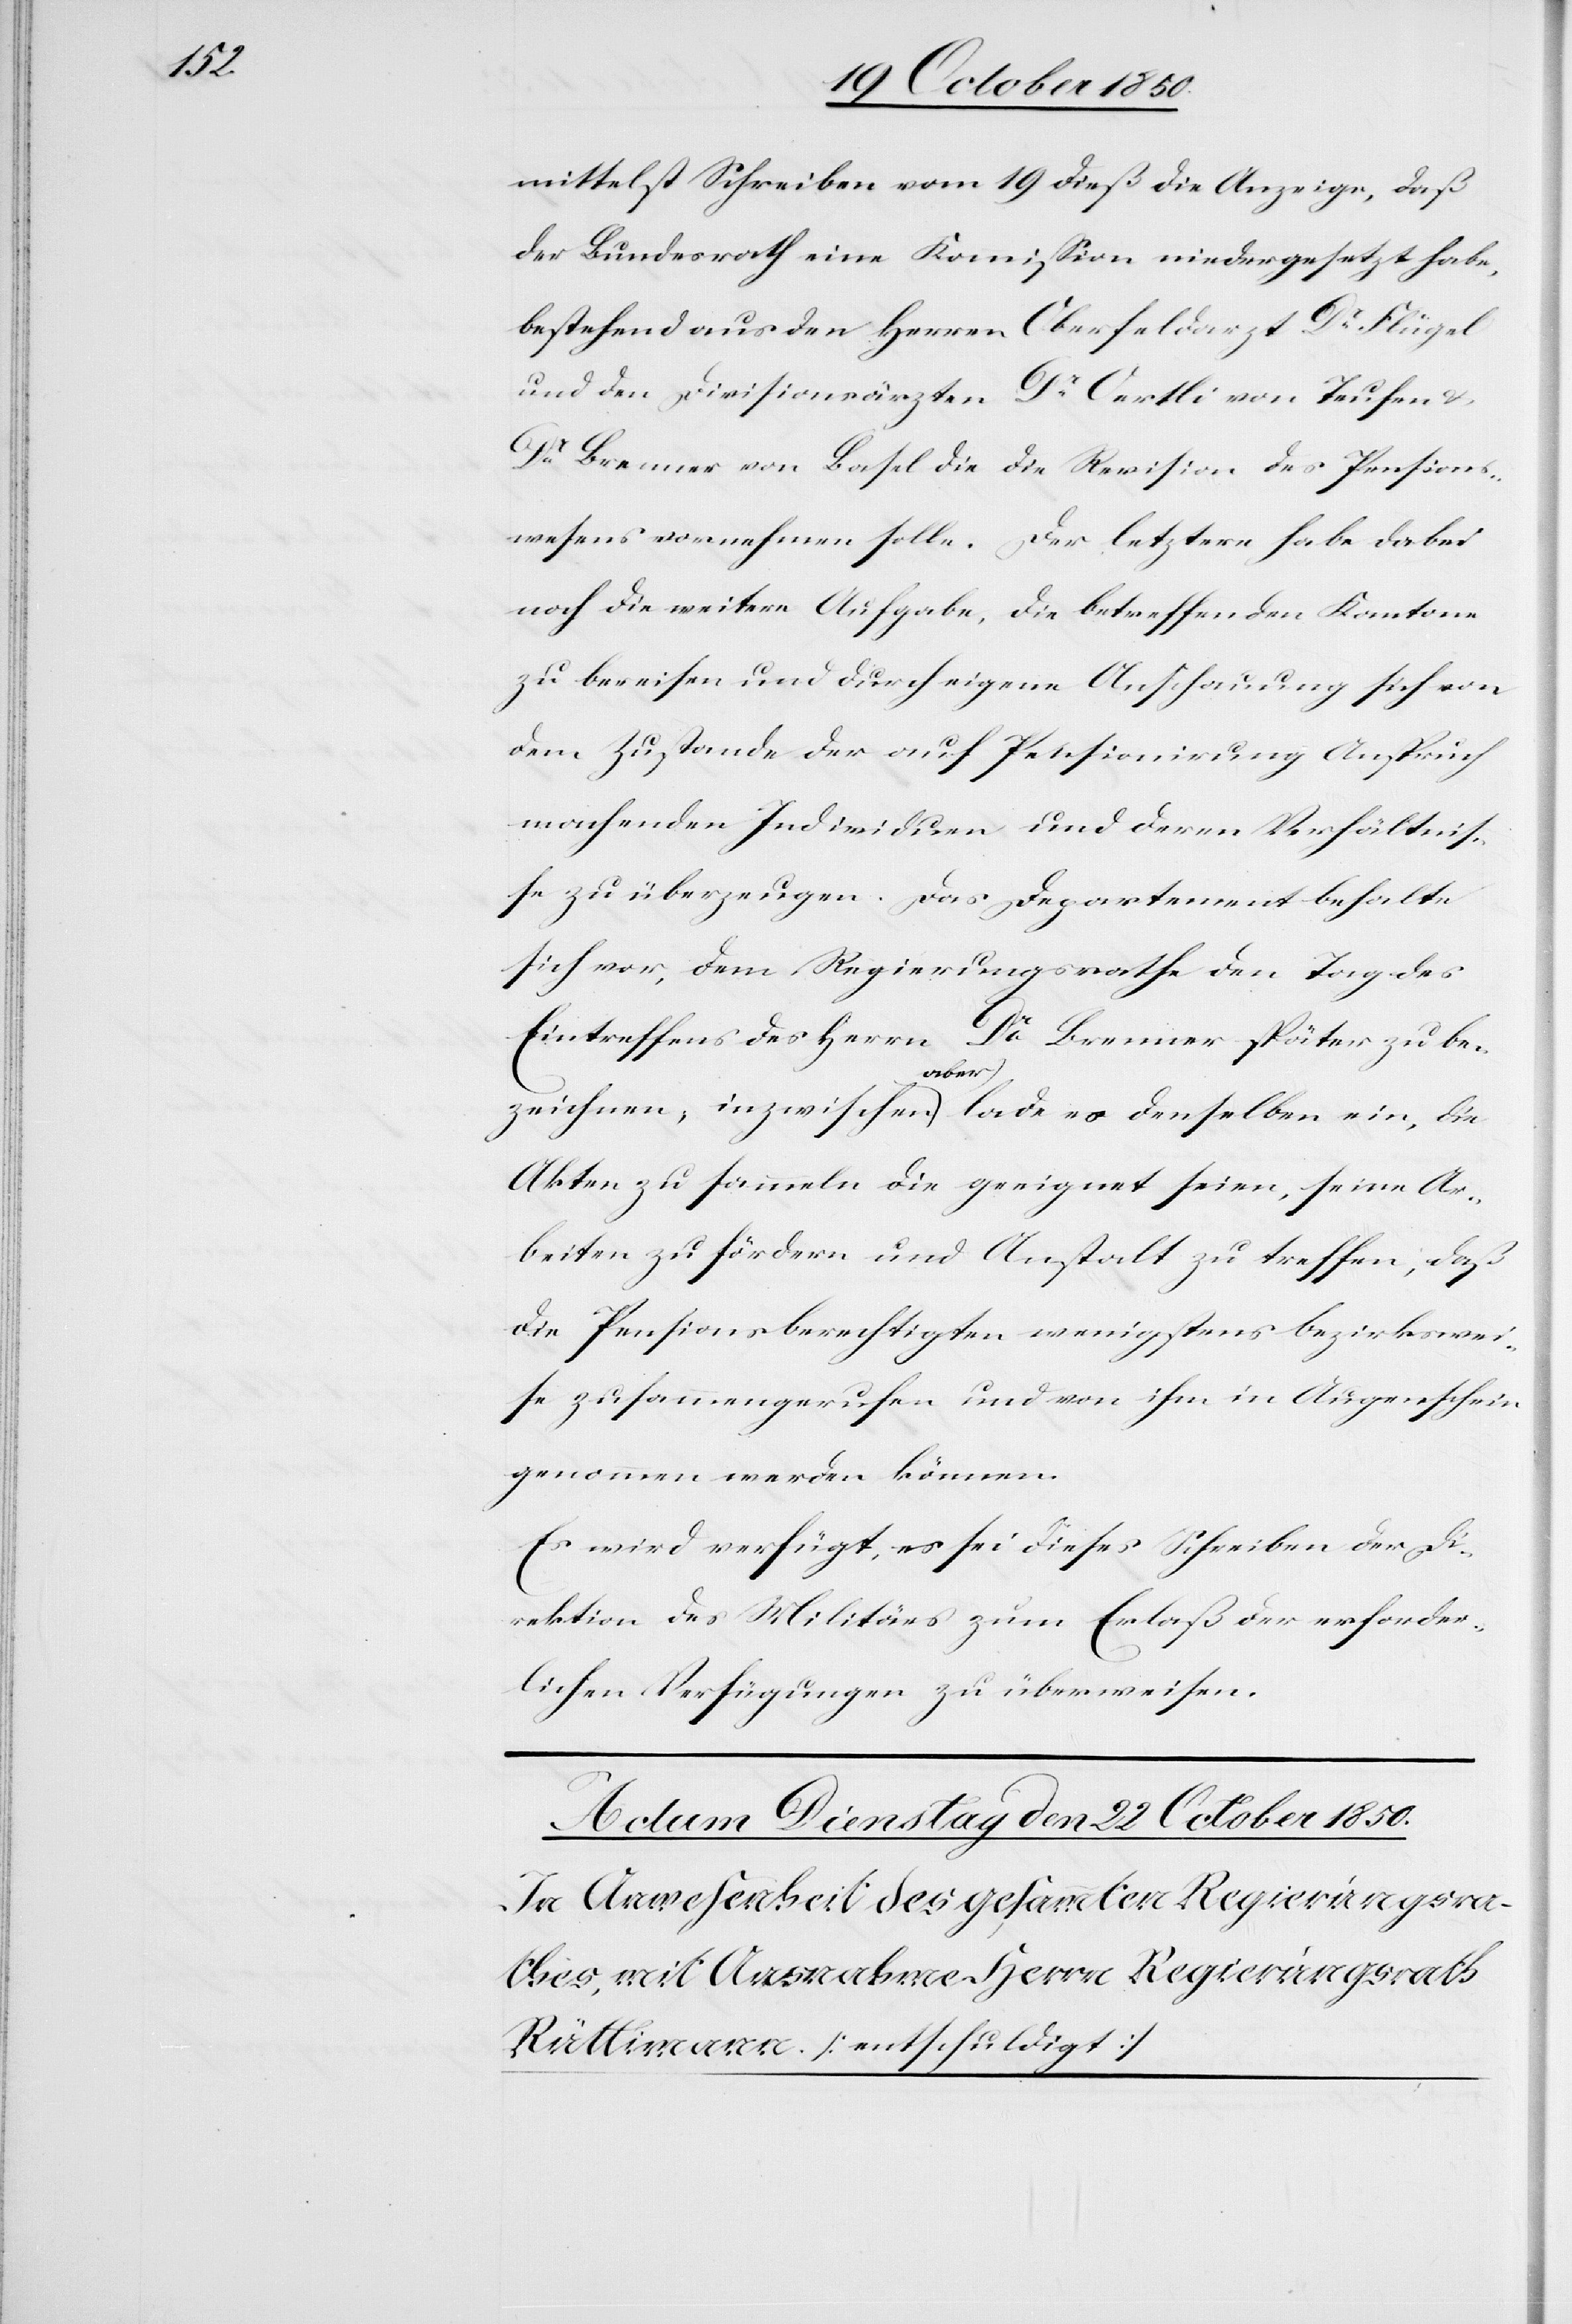
mittelst Schreiben vom 19 dieß die Anzeige, daß
der Bundesrath eine Kommission niedergesetzt habe,
bestehend aus den Herren Oberfeldarzt Dr Flügel
und den Divisionsärzten Dr Oertli von Teufen u.
Dr Brenner von Basel die die Revision des Pensions¬
wesens vornehmen solle. Der letztere habe dabei
noch die weitere Aufgabe, die betreffenden Kantone
zu bereisen und durch eigene Anschauung sich von
dem Zustande der auf Pensionirung Anspruch
machenden Individuen und deren Verhältnis¬
se zu überzeugen. Das Departement behalte
sich vor, dem Regierungsrathe den Tag des
Eintreffens des Herrn Dr Brenner später zu be¬
zeichnen, inzwischen aber lade es denselben ein, die
Akten zu sammeln die geeignet seien, seine Ar¬
beiten zu fördern und Anstalt zu treffen, daß
die Pensionsberechtigten wenigstens bezirkswei¬
se zusammengerufen und von ihm in Augenschein
genommen werden können.
Es wird verfügt, es sei dieses Schreiben der Di¬
rektion des Militärs zum Erlaß der erforder¬
lichen Verfügungen zu überweisen.